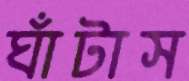
ঘাঁটাস